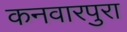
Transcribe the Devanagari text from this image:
कनवारपुरा